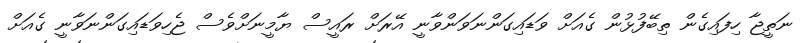
ނަތީޖާ ހިފައިގެން ތިބޭފުޅުން ގެއަށް ވަޑައިގަންނަވަންވާނީ އޭރަށް ރައީސް ޔާމީނަށްވެސް ޖެހިވަޑައިގަންނަވާނީ ގެއަށް